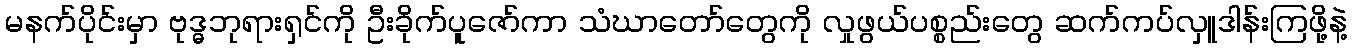
မနက်ပိုင်းမှာ ဗုဒ္ဓဘုရားရှင်ကို ဦးခိုက်ပူဇော်ကာ သံဃာတော်တွေကို လှုဖွယ်ပစ္စည်းတွေ ဆက်ကပ်လှူဒါန်းကြဖို့နဲ့